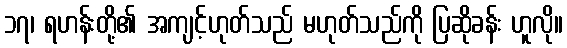
၁၇၊ ရဟန်းတို့၏ အကျင့်ဟုတ်သည် မဟုတ်သည်ကို ပြဆိုခန်း ဟူလို။